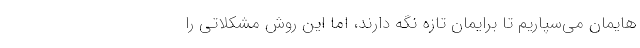
هایمان می‌سپاریم تا برایمان تازه نگه دارند، اما این روش مشکلاتی را